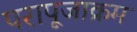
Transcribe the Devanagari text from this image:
परापूजाक्रम